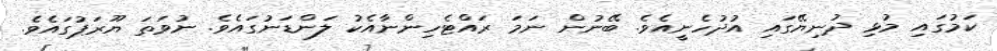
ކަމުގައި މުޅި ދުނިޔޭގައި އުދުހެނީއެވެ. ބޭނުން ނަމަ ރައްޓެހިންނާއެކު ލަންޑަނުގައެވެ. ނުވަތަ ޔޫރަޕުގައެވެ.